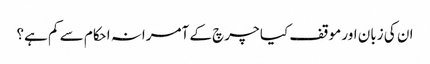
ان کی زبان اور موقف کیا چرچ کے آمرانہ احکام سے کم ہے؟